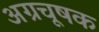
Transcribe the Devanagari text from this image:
अग्रचूषक